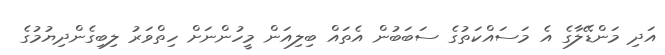
އަދި މަންޑޭލާގެ އެ މަސައްކަތުގެ ސަބަބުން އެތައް ބިލިއަން މީހުންނަށް ހިތްވަރު ލިބިގެންދިޔުމުގެ